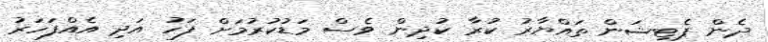
ދެން ޕެޓިޝަން ތައްޔާރު ކުރާ ކުދިން ވެސް މަޑުކުރުމަށް ފަހު އަދި އެއްފަހަރު